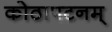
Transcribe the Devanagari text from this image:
कोठापटनम्